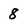
Character: 8